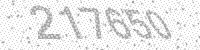
Solution: 217650